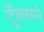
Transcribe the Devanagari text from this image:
ट्रॅक्सने